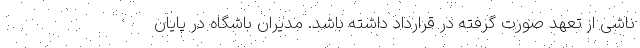
ناشی از تعهد صورت گرفته در قرارداد داشته باشد. مدیران باشگاه در پایان